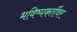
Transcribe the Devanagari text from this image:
भविष्यकर्तीवर